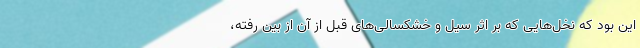
این بود که نخل‌هایی که بر اثر سیل و خشکسالی‌های قبل از آن از بین رفته،